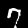
Digit: 7